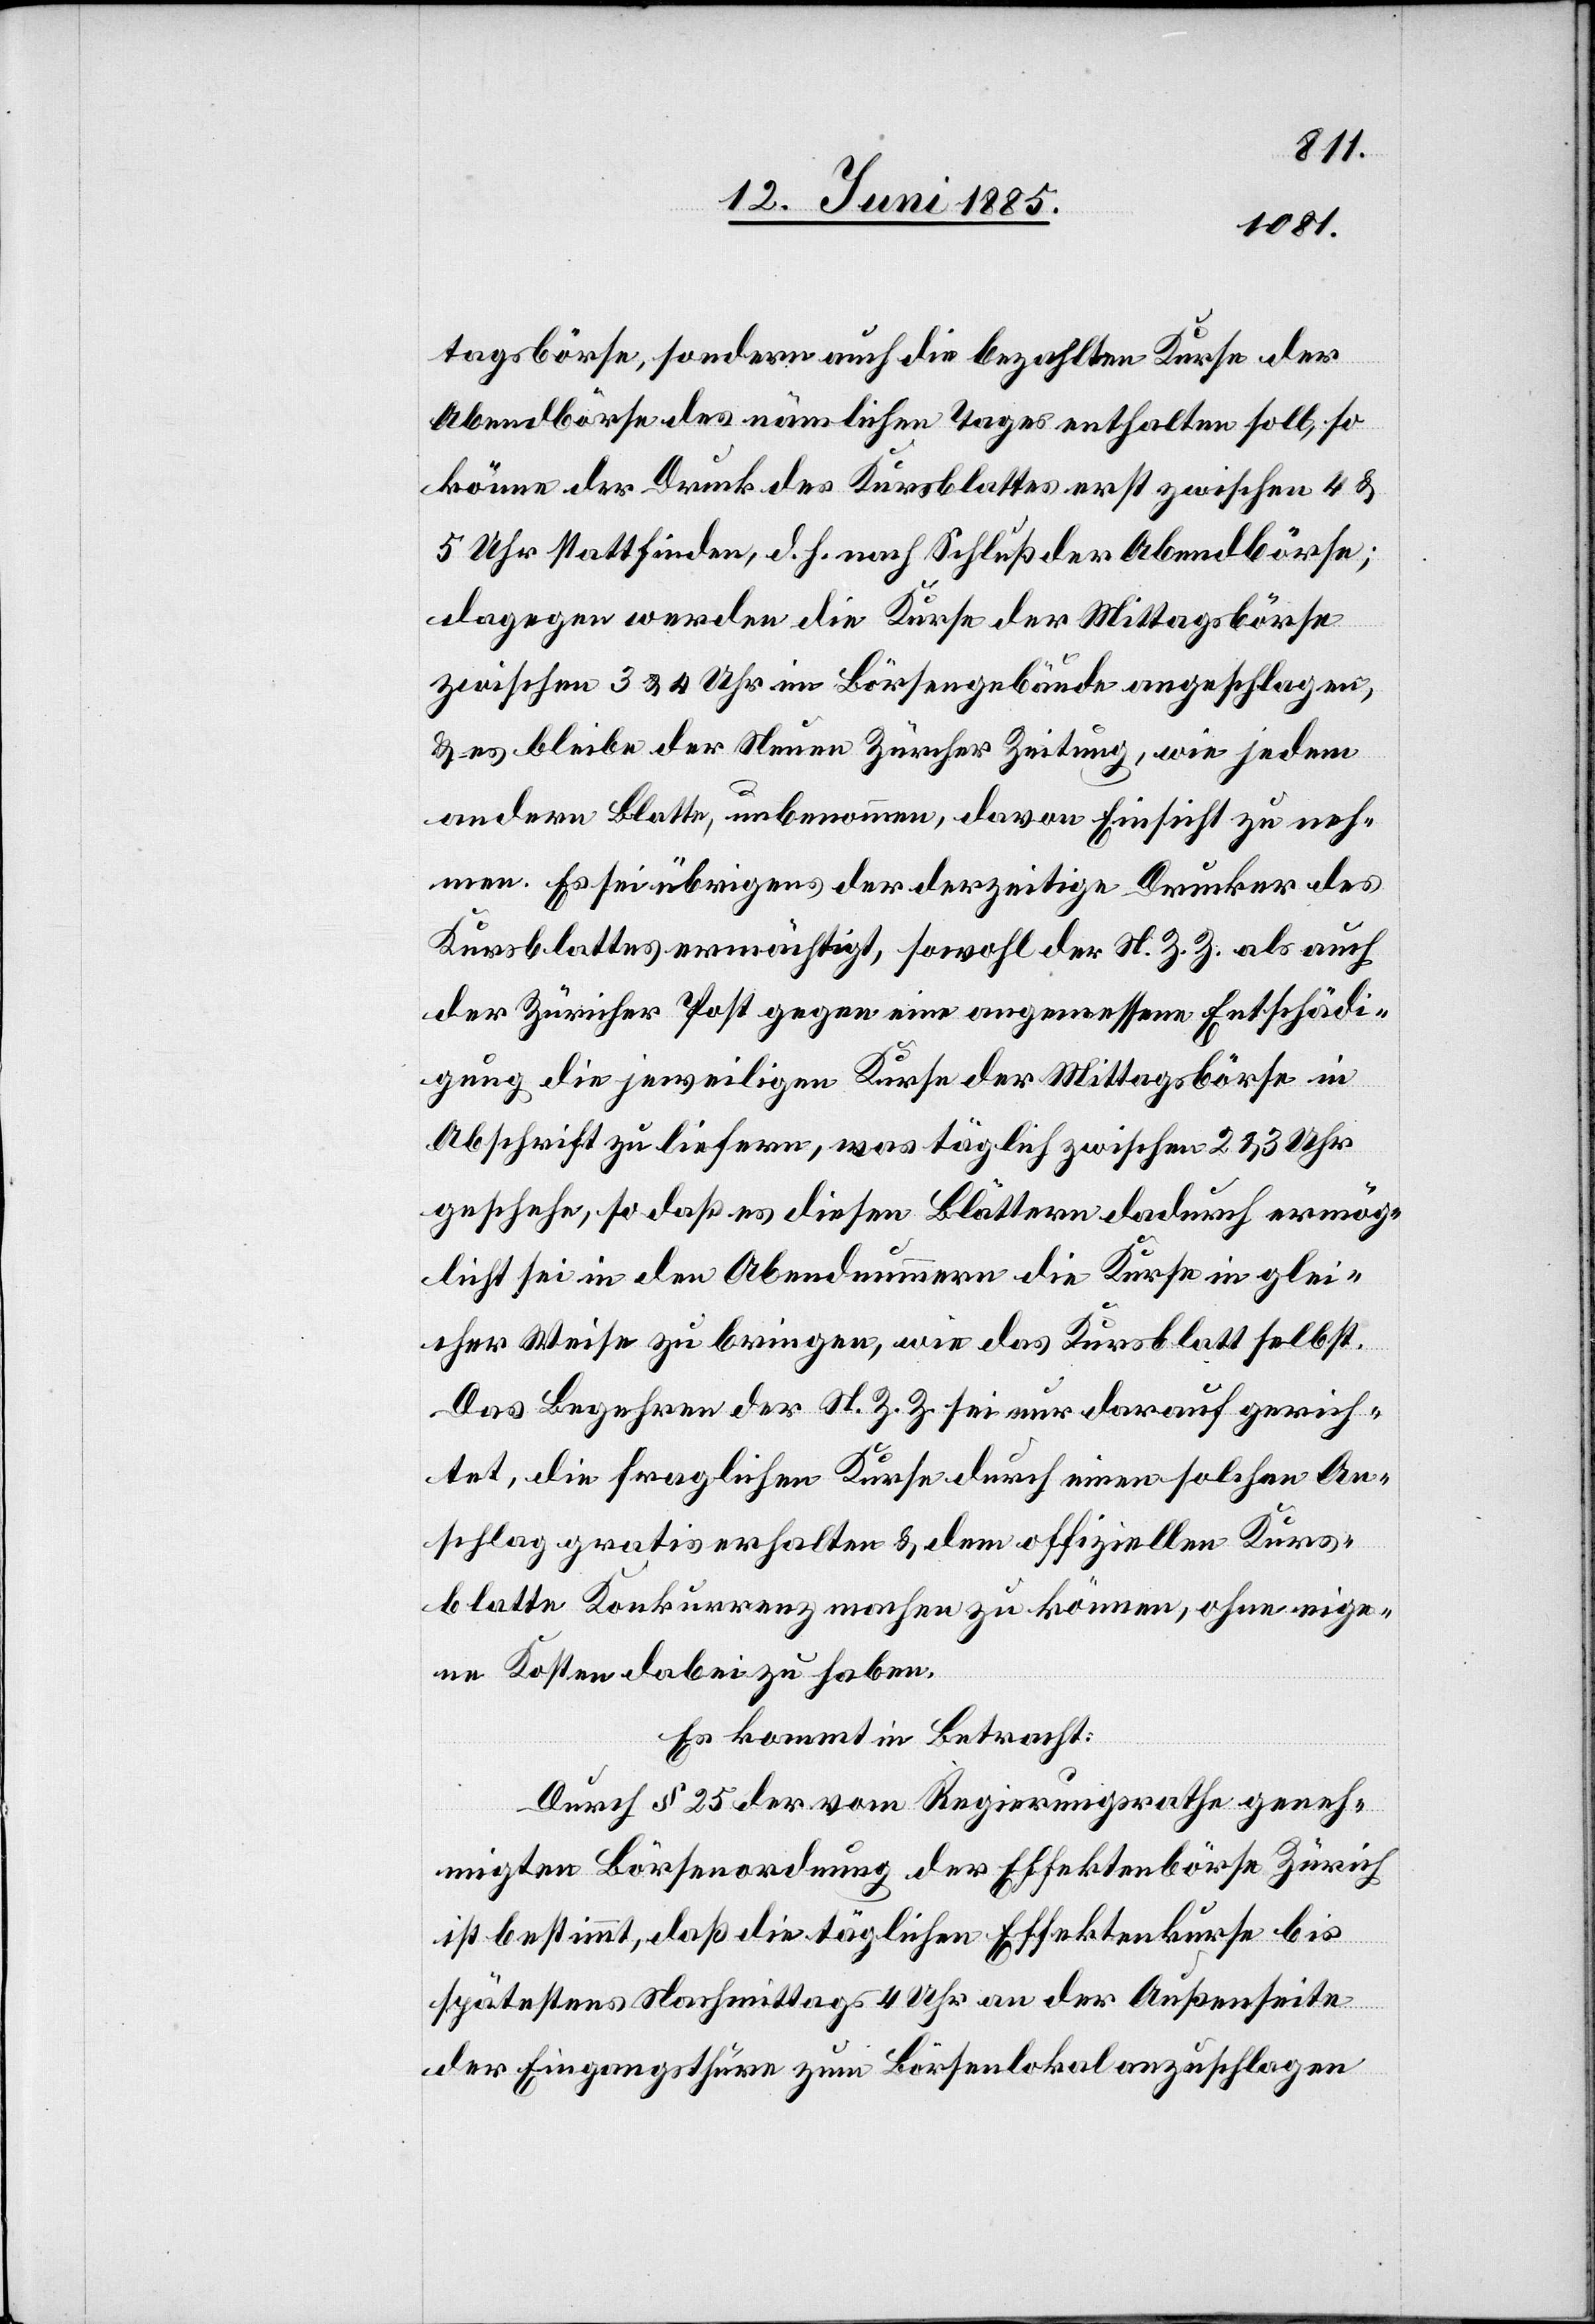
tagsbörse, sondern auch die bezahlten Kurse der
Abendbörse des nämlichen Tages enthalten soll, so
könne der Druck des Kursblattes erst zwischen 4 &
5 Uhr stattfinden, d. h. nach Schluß der Abendbörse;
dagegen werden die Kurse der Mittagsbörse
zwischen 3 & 4 Uhr im Börsengebäude angeschlagen,
& es bleibe der Neuen Zürcher Zeitung, wie jedem
andern Blatte, unbenommen, davon Einsicht zu neh¬
men. Es sei übrigens der derzeitige Drucker des
Kursblattes ermächtigt, sowohl der N. Z. Z. als auch
der Zürcher Post gegen eine angemessene Entschädi¬
gung die jeweiligen Kurse der Mittagsbörse in
Abschrift zu liefern, was täglich zwischen 2 & 3 Uhr
geschehe, so daß es diesen Blättern dadurch ermög¬
licht sei in den Abendnummern die Kurse in glei¬
cher Weise zu bringen, wie das Kursblatt selbst.
Das Begehren der N. Z. Z. sei nur darauf gerich¬
tet, die fraglichen Kurse durch einen solchen An¬
schlag gratis erhalten & dem offiziellen Kurs¬
blatte Konkurrenz machen zu können, ohne eige¬
ne Kosten dabei zu haben.
Es kommt in Betracht:
Durch § 25 der vom Regierungsrathe geneh¬
migten Börsenordnung der Effektenbörse Zürich
ist bestimmt, daß die täglichen Effektenkurse bis
spätestens Nachmittags 4 Uhr an der Außenseite
der Eingangsthüre zum Börsenlokal anzuschlagen